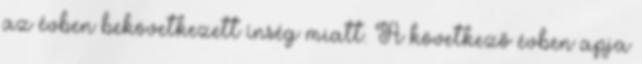
az évben bekövetkezett ínség miatt. A következő évben apja